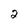
Character: 2